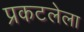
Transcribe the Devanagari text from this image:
प्रकटलेला